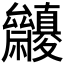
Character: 𥜷